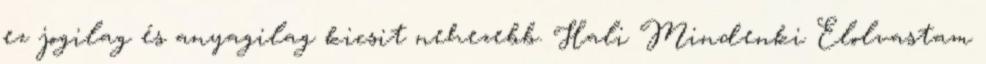
ez jogilag és anyagilag kicsit nehezebb. Hali Mindenki Elolvastam